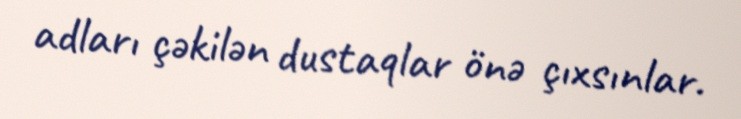
adları çəkilən dustaqlar önə çıxsınlar.